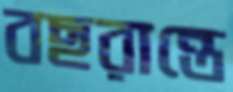
বছরান্তে